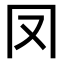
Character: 𠕀